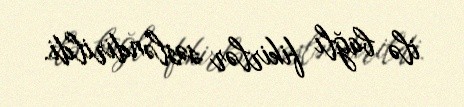
ilə bağlı fikirlər səsləndirildi.